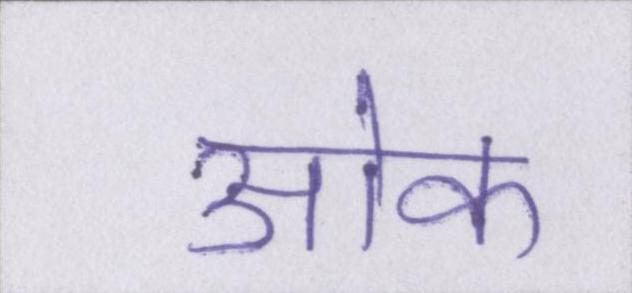
ओक